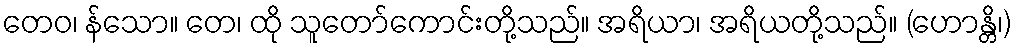
တေဝ၊ န်သော။ တေ၊ ထို သူတော်ကောင်းတို့သည်။ အရိယာ၊ အရိယတို့သည်။ (ဟောန္တိ၊)